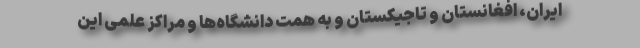
ایران، افغانستان و تاجیکستان و به همّت دانشگاه‌ها و مراکز علمی این